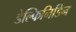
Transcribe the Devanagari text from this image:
डेल्फिनिडिन